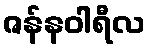
ဇန်နဝါရီလ